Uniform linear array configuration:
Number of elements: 12
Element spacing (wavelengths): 0.5
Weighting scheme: kaiser
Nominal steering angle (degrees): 45
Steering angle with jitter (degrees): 45.483
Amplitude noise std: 0.05
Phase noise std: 0.05

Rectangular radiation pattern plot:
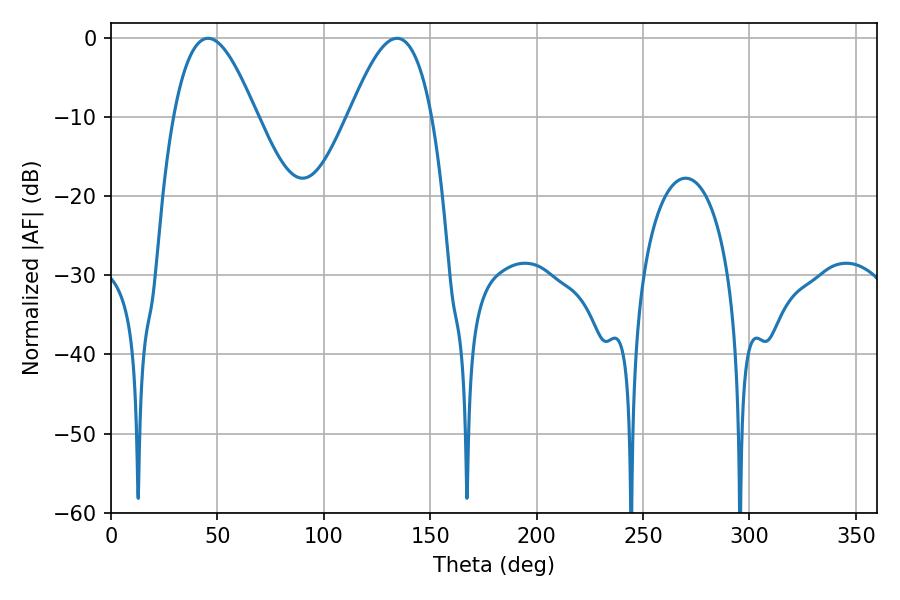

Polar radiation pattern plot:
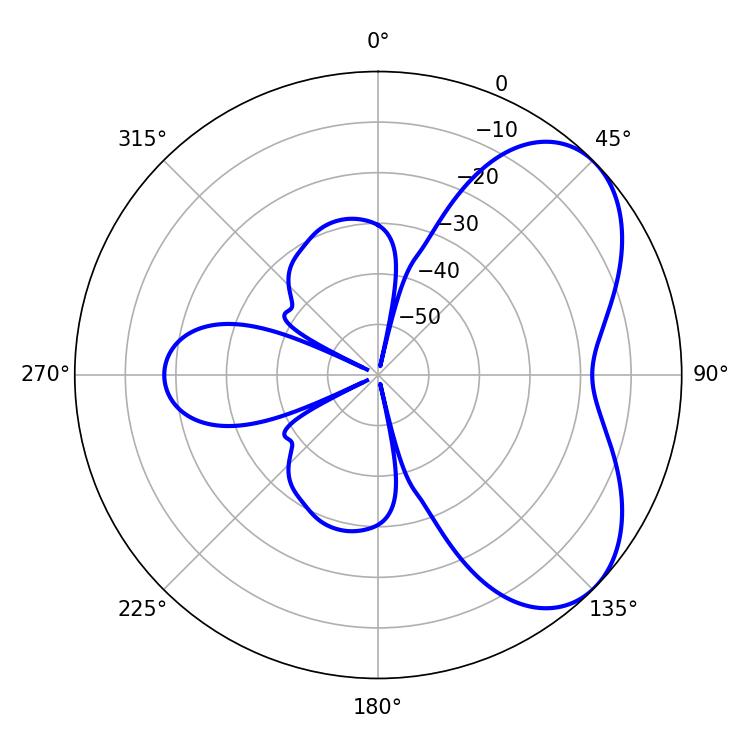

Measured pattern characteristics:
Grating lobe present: FALSE
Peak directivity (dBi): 5.303
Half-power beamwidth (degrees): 21.24
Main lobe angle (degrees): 45.54